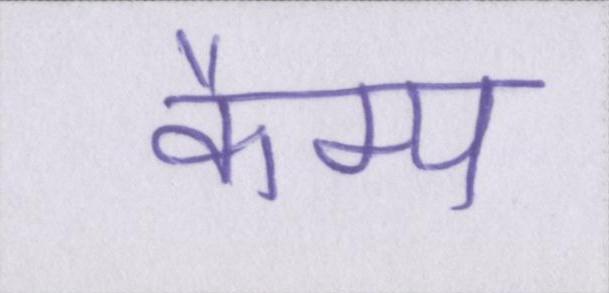
कैम्प